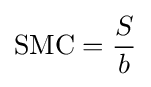
{\mbox{SMC}}={\frac {S}{b}}